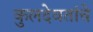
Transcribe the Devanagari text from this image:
कुलदेवतांचे